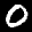
Label: 0